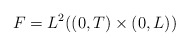
\begin{align*}F=L^{2}( ( 0,T) \times( 0,L) ) \end{align*}